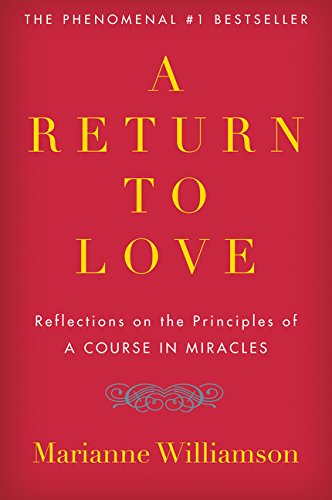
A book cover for A Return to Love: Reflections on the Principles of "A Course in Miracles"; Marianne Williamson; Self-Help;